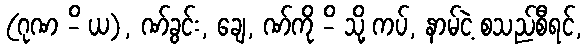
(ဂုဏ -ိ ယ), ဏ်ခွင်း, ချေ, ဏ်ကို -ိ သို့ ကပ်, နာမ်ငဲ့ စသည်စီရင်,